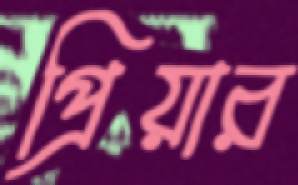
প্রিয়ার